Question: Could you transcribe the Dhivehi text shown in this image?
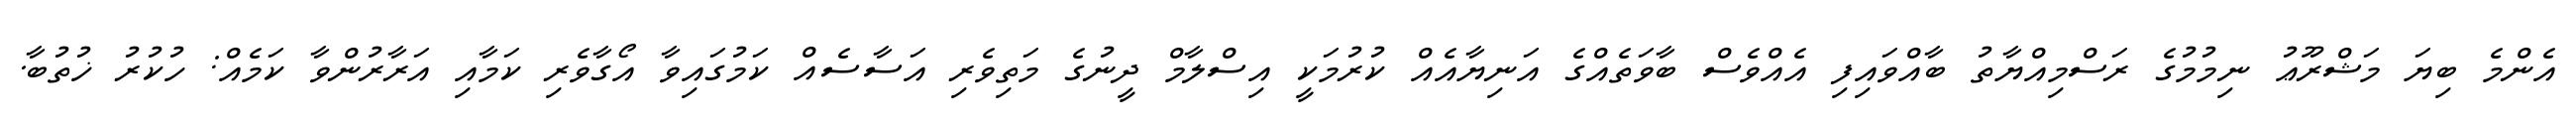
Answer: އެންމެ ބިޔަ މަޝްރޫޢު ނިމުމުގެ ރަސްމިއްޔާތު ބާއްވައިފި އެއްވެސް ބާވަތެއްގެ އަނިޔާއެއް ކުރުމަކީ އިސްލާމް ދީނުގެ މަތިވެރި އަސާސެއް ކަމުގައިވާ އޯގާވެރި ކަމާއި އަރާރުންވާ ކަމެއް: ހުކުރު ޚުތުބާ.